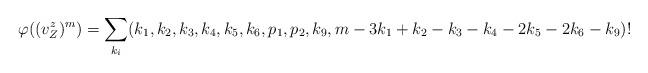
LaTeX: \begin{align*} \varphi((v_Z^z)^m) = \sum_{k_i} (k_1, k_2, k_3, k_4, k_5, k_6, p_1, p_2, k_9, m-3k_1+k_2-k_3-k_4-2k_5-2k_6-k_9)!\end{align*}